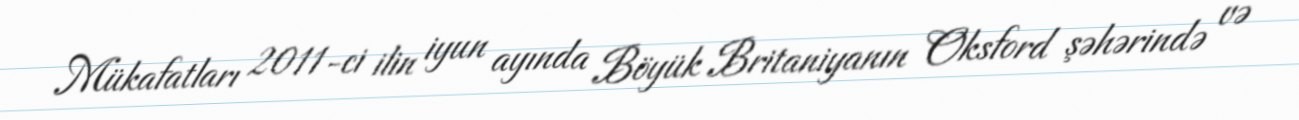
Mükafatları 2011-ci ilin iyun ayında Böyük Britaniyanın Oksford şəhərində və